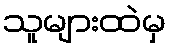
သူများထဲမှ